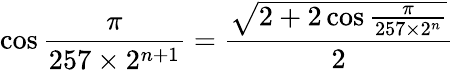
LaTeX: \cos{\frac{\pi}{257\times 2^{n+1}}}={\frac{\sqrt{2+2\cos{\frac{\pi}{257\times 2^{n}}}}}{2}}